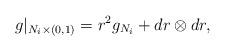
LaTeX: \begin{align*}g|_{N_i\times (0,1)}=r^2g_{N_i}+dr\otimes dr,\end{align*}